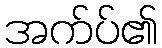
အက်ပ်၏